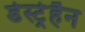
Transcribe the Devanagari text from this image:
डेस्ट्रेहैन